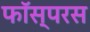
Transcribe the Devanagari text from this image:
फॉस्परस